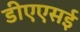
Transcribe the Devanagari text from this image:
डीएएसई